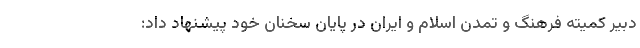
دبیر کمیته فرهنگ و تمدن اسلام و ایران در پایان سخنان خود پیشنهاد داد: